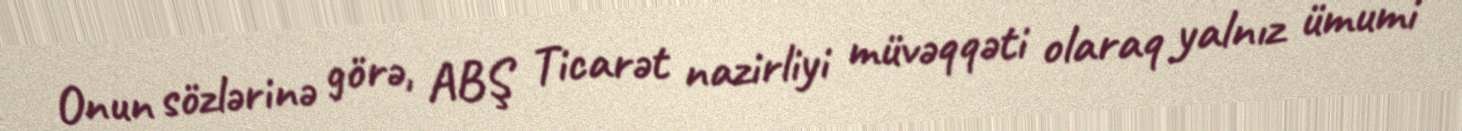
Onun sözlərinə görə, ABŞ Ticarət nazirliyi müvəqqəti olaraq yalnız ümumi